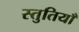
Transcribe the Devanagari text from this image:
स्‍तुतियाँ